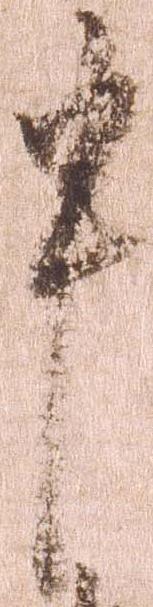
申